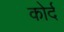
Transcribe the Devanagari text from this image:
कोर्द